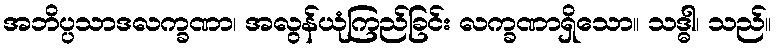
အဘိပ္ပသာဒလက္ခဏာ၊ အလွန်ယုံကြည်ခြင်း လက္ခဏာရှိသော။ သဒ္ဓါ၊ သည်။